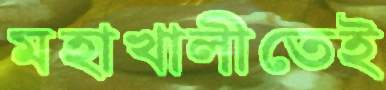
মহাখালীতেই